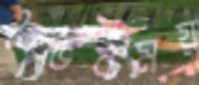
বৈভবময়